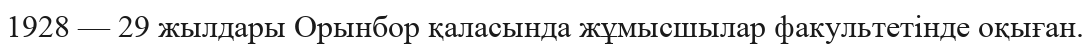
1928 — 29 жылдары Орынбор қаласында жұмысшылар факультетінде оқыған.